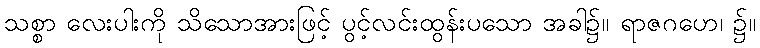
သစ္စာ လေးပါးကို သိသောအားဖြင့် ပွင့်လင်းထွန်းပသော အခါ၌။ ရာဇဂဟေ၊ ၌။